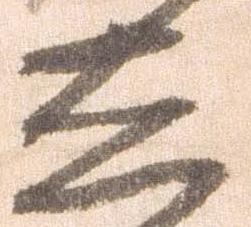
し